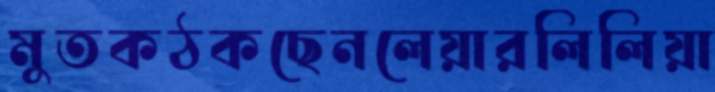
মুতকঠকছেনলেয়ারলিলিয়া